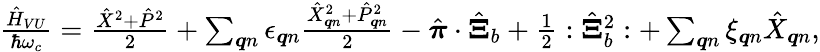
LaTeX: \begin{array}{r}{\frac{\hat{H}_{VU}}{\hbar\omega_{c}}=\frac{\hat{X}^{2}+\hat{P}^{2}}{2}+\sum_{\boldsymbol{q}n}\epsilon_{\boldsymbol{q}n}\frac{\hat{X}_{\boldsymbol{q}n}^{2}+\hat{P}_{\boldsymbol{q}n}^{2}}{2}-\hat{\boldsymbol{\pi}}\cdot\hat{\boldsymbol{\Xi}}_{b}+\frac{1}{2}:\hat{\boldsymbol{\Xi}}_{b}^{2}:+\sum_{\boldsymbol{q}n}\xi_{\boldsymbol{q}n}\hat{X}_{\boldsymbol{q}n},}\end{array}